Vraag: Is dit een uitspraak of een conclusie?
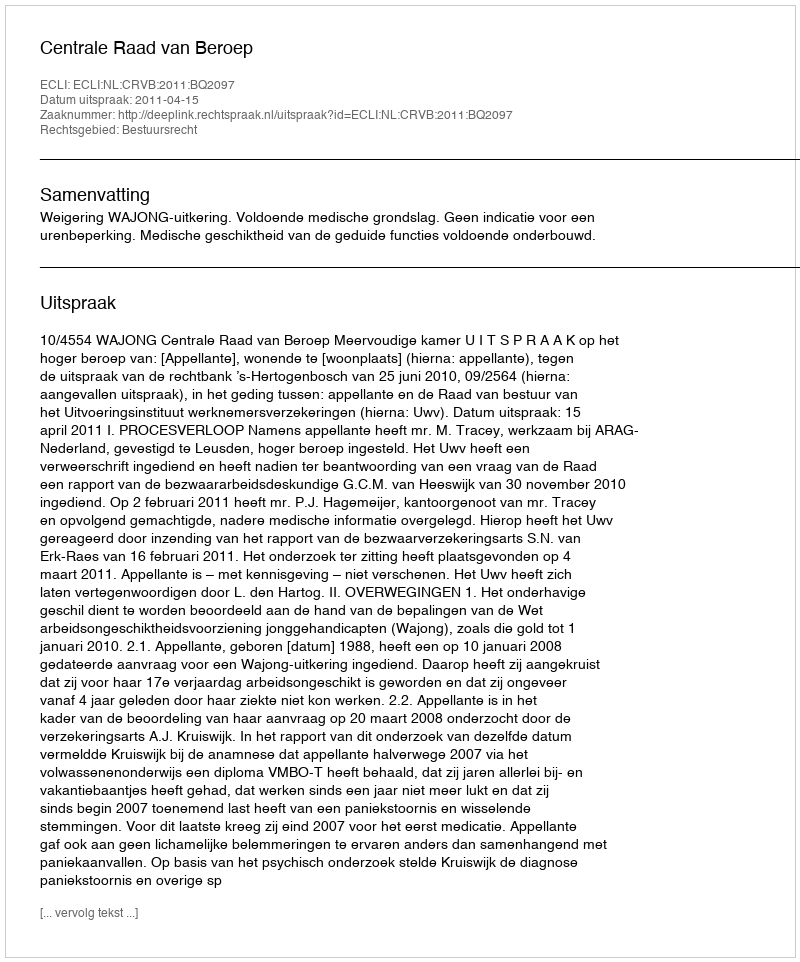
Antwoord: Uitspraak